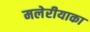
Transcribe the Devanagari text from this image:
मलेरीयाका